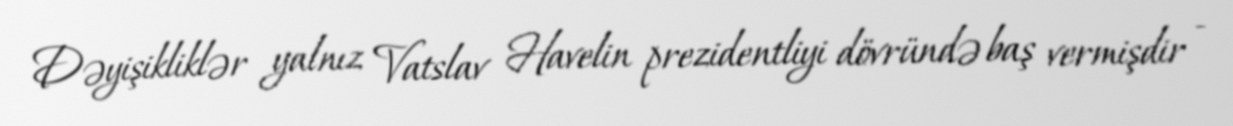
Dəyişikliklər yalnız Vatslav Havelin prezidentliyi dövründə baş vermişdir -